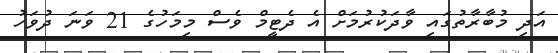
އަދި މުބާރާތުގައި ވާދަކުރުމަށް އެ ދެޓީމް ވެސް މިމަހުގެ 21 ވަނަ ދުވަހު